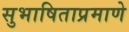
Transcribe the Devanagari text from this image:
सुभाषिताप्रमाणे